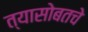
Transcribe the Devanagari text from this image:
त्यासोबतचे